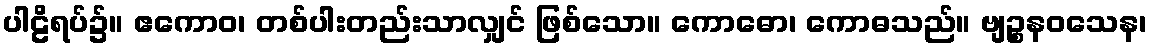
ပါဠိရပ်၌။ ဧကောဝ၊ တစ်ပါးတည်းသာလျှင် ဖြစ်သော။ ကောဓော၊ ကောဓသည်။ ဗျဉ္စနဝသေန၊